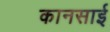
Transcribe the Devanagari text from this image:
कानसाई